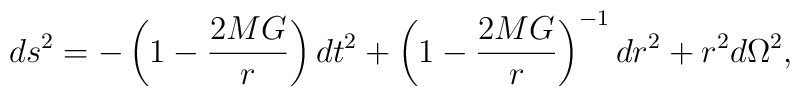
ds^{2}=-\left( 1-\frac{2MG}{r}\right) dt^{2}+\left( 1-\frac{2MG}{r}\right)^{-1}dr^{2}+r^{2}d\Omega ^{2},